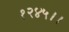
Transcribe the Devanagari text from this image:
१२४५।।